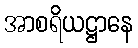
အာစရိယဋ္ဌာနေ